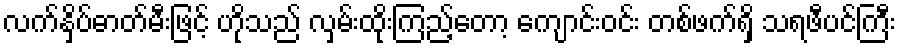
လက်နှိပ်ဓာတ်မီးဖြင့် ဟိုသည် လှမ်းထိုးကြည့်တော့ ကျောင်းဝင်း တစ်ဖက်ရှိ သရဖီပင်ကြီး